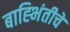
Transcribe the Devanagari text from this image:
बाह्भिंतीचे